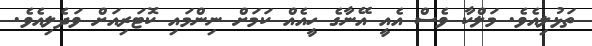
ތަޅުލިއެވެ. މަލްކާ ވެސް އެއީ އޭނާގެ ހީއެއް ކަމަށް ނިންމައި ކޮޓަރިއަށް ވަދެލިއެވެ.